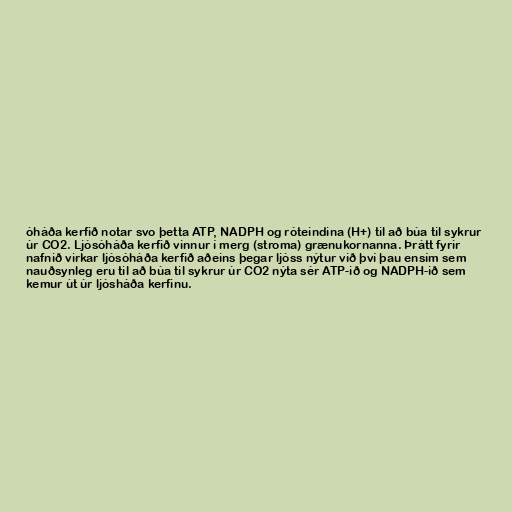
óháða kerfið notar svo þetta ATP, NADPH og róteindina (H+) til að búa til sykrur
úr CO2. Ljósóháða kerfið vinnur í merg (stroma) grænukornanna. Þrátt fyrir
nafnið virkar ljósóháða kerfið aðeins þegar ljóss nýtur við því þau ensím sem
nauðsynleg eru til að búa til sykrur úr CO2 nýta sér ATP-ið og NADPH-ið sem
kemur út úr ljósháða kerfinu.